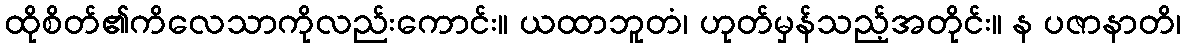
ထိုစိတ်၏ကိလေသာကိုလည်းကောင်း။ ယထာဘူတံ၊ ဟုတ်မှန်သည့်အတိုင်း။ န ပဇာနာတိ၊